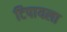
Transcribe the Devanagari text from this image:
टिपायला